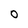
Character: O